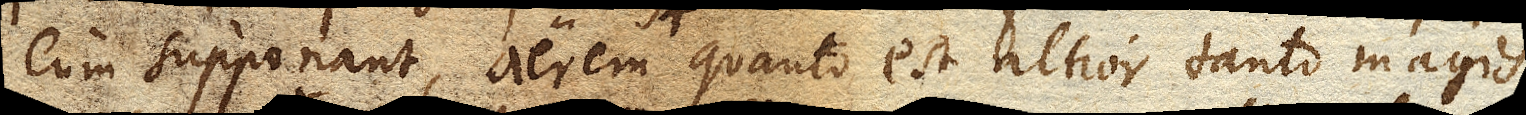
cum supponant, aerem quanto est altior tanto magis